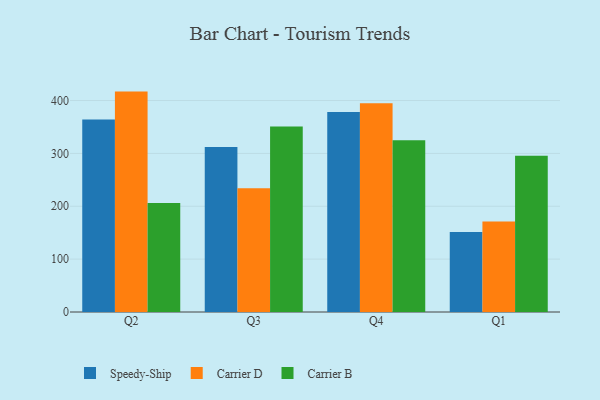
{"axis": {"x": "Quarter", "y": "Bounce Rate (%)"}, "legend": ["Carrier B", "Carrier D", "Speedy-Ship"], "data": [{"x": "Q2", "y": 364.0, "type": "Speedy-Ship"}, {"x": "Q2", "y": 416.9, "type": "Carrier D"}, {"x": "Q2", "y": 206.2, "type": "Carrier B"}, {"x": "Q3", "y": 312.0, "type": "Speedy-Ship"}, {"x": "Q3", "y": 234.1, "type": "Carrier D"}, {"x": "Q3", "y": 350.7, "type": "Carrier B"}, {"x": "Q4", "y": 378.3, "type": "Speedy-Ship"}, {"x": "Q4", "y": 394.9, "type": "Carrier D"}, {"x": "Q4", "y": 325.1, "type": "Carrier B"}, {"x": "Q1", "y": 151.2, "type": "Speedy-Ship"}, {"x": "Q1", "y": 171.4, "type": "Carrier D"}, {"x": "Q1", "y": 295.7, "type": "Carrier B"}]}